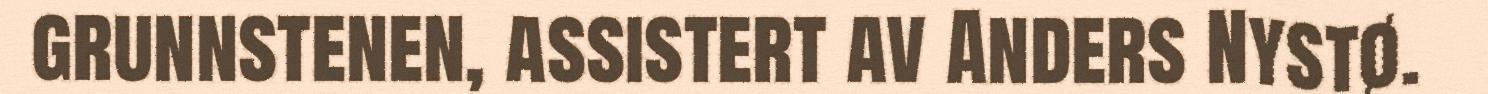
grunnstenen, assistert av Anders Nystø.